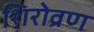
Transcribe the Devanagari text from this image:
शिरोव्रण